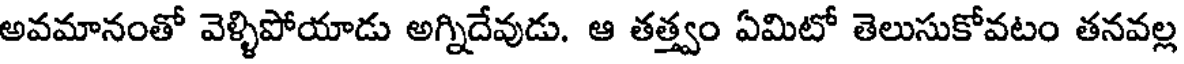
అవమానంతో వెళ్ళిపోయాడు అగ్నిదేవుడు. ఆ తత్త్వం ఏమిటో తెలుసుకోవటం తనవల్ల